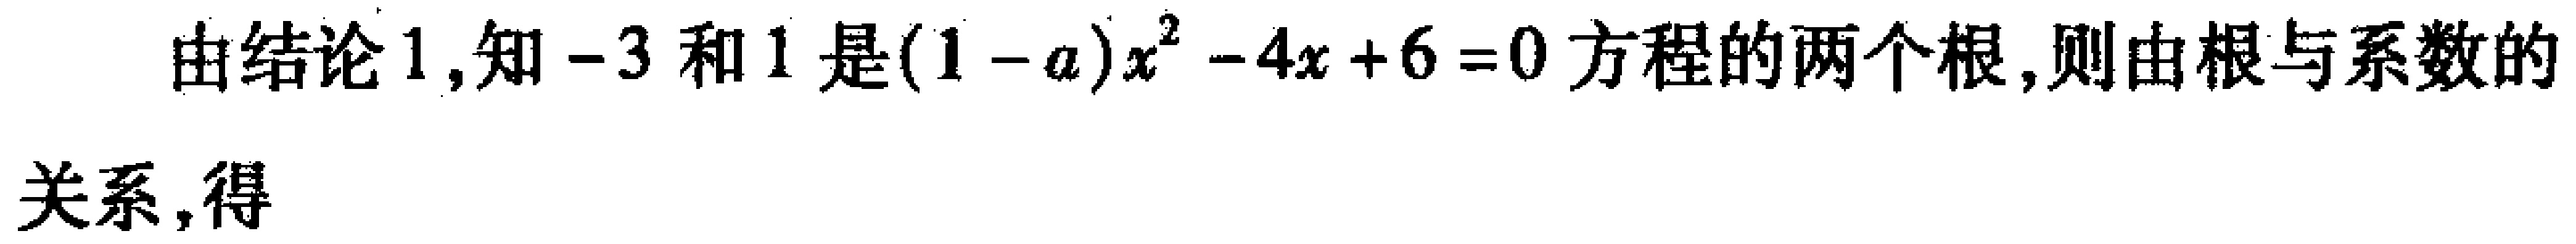
由结论1,知\(-3\)和\(1\)是\((1 - a)x^{2} - 4x + 6 = 0\)方程的两个根,则由根与系数的

关系,得